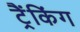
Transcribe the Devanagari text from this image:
ट्रैंकिंग